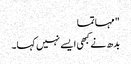
" مہاتما
بدھ نے کبھی ایسے نہیں کہا۔